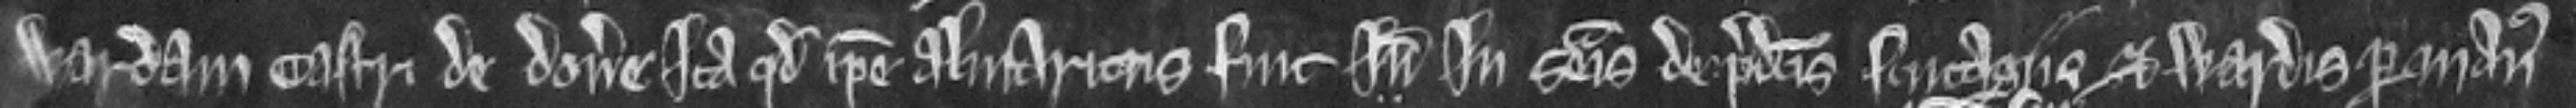
wardam castri de Dovere ita quod ipse Almaricus fuit inde inde in seisina de predictis scutagiis et wardis per manus